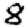
Digit: 8